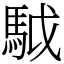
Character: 䮅